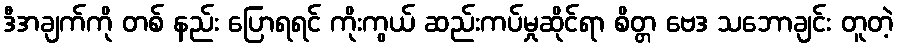
ဒီအချက်ကို တစ် နည်း ပြောရရင် ကိုးကွယ် ဆည်းကပ်မှုဆိုင်ရာ စိတ္တ ဗေဒ သဘောချင်း တူတဲ့